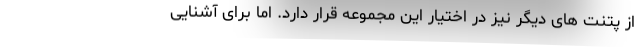
از پتنت های دیگر نیز در اختیار این مجموعه قرار دارد. اما برای آشنایی